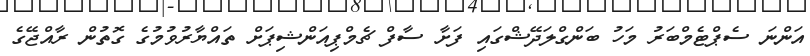
އަންނަ ސެޕްޓެމްބަރު މަހު ބަންގްލަދޭޝްގައި ފަށާ ސާފް ޗެމްޕިއަންޝިޕަށް ތައްޔާރުވުމުގެ ގޮތުން ރާއްޖޭގެ